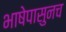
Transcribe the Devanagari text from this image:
भाषेपासुनच